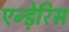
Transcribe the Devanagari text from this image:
एन्ड़ेरिस